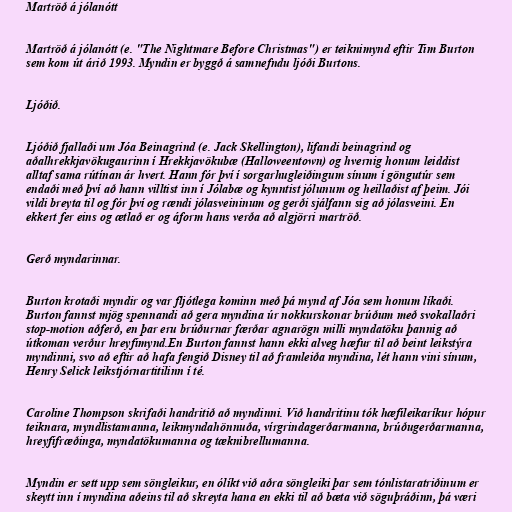
Martröð á jólanótt

Martröð á jólanótt (e. "The Nightmare Before Christmas") er teiknimynd eftir Tim Burton
sem kom út árið 1993. Myndin er byggð á samnefndu ljóði Burtons.

Ljóðið.

Ljóðið fjallaði um Jóa Beinagrind (e. Jack Skellington), lifandi beinagrind og
aðalhrekkjavökugaurinn í Hrekkjavökubæ (Halloweentown) og hvernig honum leiddist
alltaf sama rútínan ár hvert. Hann fór því í sorgarhugleiðingum sínum í göngutúr sem
endaði með því að hann villtist inn í Jólabæ og kynntist jólunum og heillaðist af þeim. Jói
vildi breyta til og fór því og rændi jólasveininum og gerði sjálfann sig að jólasveini. En
ekkert fer eins og ætlað er og áform hans verða að algjörri martröð.

Gerð myndarinnar.

Burton krotaði myndir og var fljótlega kominn með þá mynd af Jóa sem honum líkaði.
Burton fannst mjög spennandi að gera myndina úr nokkurskonar brúðum með svokallaðri
stop-motion aðferð, en þar eru brúðurnar færðar agnarögn milli myndatöku þannig að
útkoman verður hreyfimynd.En Burton fannst hann ekki alveg hæfur til að beint leikstýra
myndinni, svo að eftir að hafa fengið Disney til að framleiða myndina, lét hann vini sínum,
Henry Selick leikstjórnartitilinn í té.

Caroline Thompson skrifaði handritið að myndinni. Við handritinu tók hæfileikaríkur hópur
teiknara, myndlistamanna, leikmyndahönnuða, vírgrindagerðarmanna, brúðugerðarmanna,
hreyfifræðinga, myndatökumanna og tæknibrellumanna.

Myndin er sett upp sem söngleikur, en ólíkt við aðra söngleiki þar sem tónlistaratriðinum er
skeytt inn í myndina aðeins til að skreyta hana en ekki til að bæta við söguþráðinn, þá væri